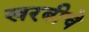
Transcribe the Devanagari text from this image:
खरबीचे